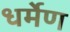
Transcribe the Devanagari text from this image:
धर्मेण